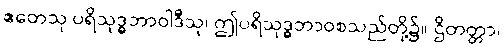
ဧတေသု ပရိသုဒ္ဓဘာဝါဒီသု၊ ဤပရိသုဒ္ဓဘာဝစသည်တို့၌။ ဌိတတ္တာ၊